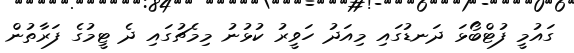
ގައުމީ ފުޓްބޯޅަ ދަނޑުގައި މިއަދު ހަވީރު ކުޅުނު މިމެޗުގައި ދެ ޓީމުގެ ފަރާތުން